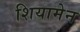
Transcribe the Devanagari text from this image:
शियामेन